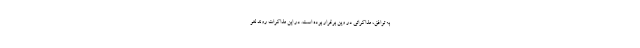
به توافق، مذاکراتی در وین برقرار بوده است. در این مذاکرات روند لغو